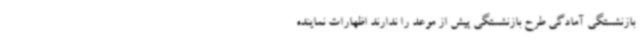
بازنشستگی آمادگی طرح بازنشستگی پیش از موعد را ندارند اظهارات نماینده